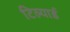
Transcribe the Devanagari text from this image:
टिल्यार्ड